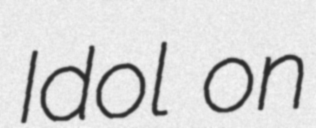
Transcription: Idol on